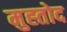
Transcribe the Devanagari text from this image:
मुह्तोद